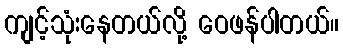
ကျင့်သုံးနေတယ်လို့ ဝေဖန်ပါတယ်။